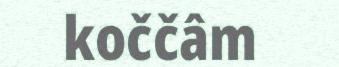
koččâm